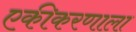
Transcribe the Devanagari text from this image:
एकीकरणाला